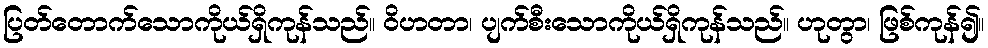
ပြတ်တောက်သောကိုယ်ရှိကုန်သည်။ ဝိဟတာ၊ ပျက်စီးသောကိုယ်ရှိကုန်သည်။ ဟုတွာ၊ ဖြစ်ကုန်၍။